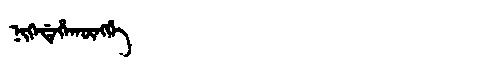
Manchu: ᠨᡳᡴᡝᡩᡝᡥᠠᡴᡡᠩᡤᡝ
Romanization: NIKEDEHAKŪNGGE